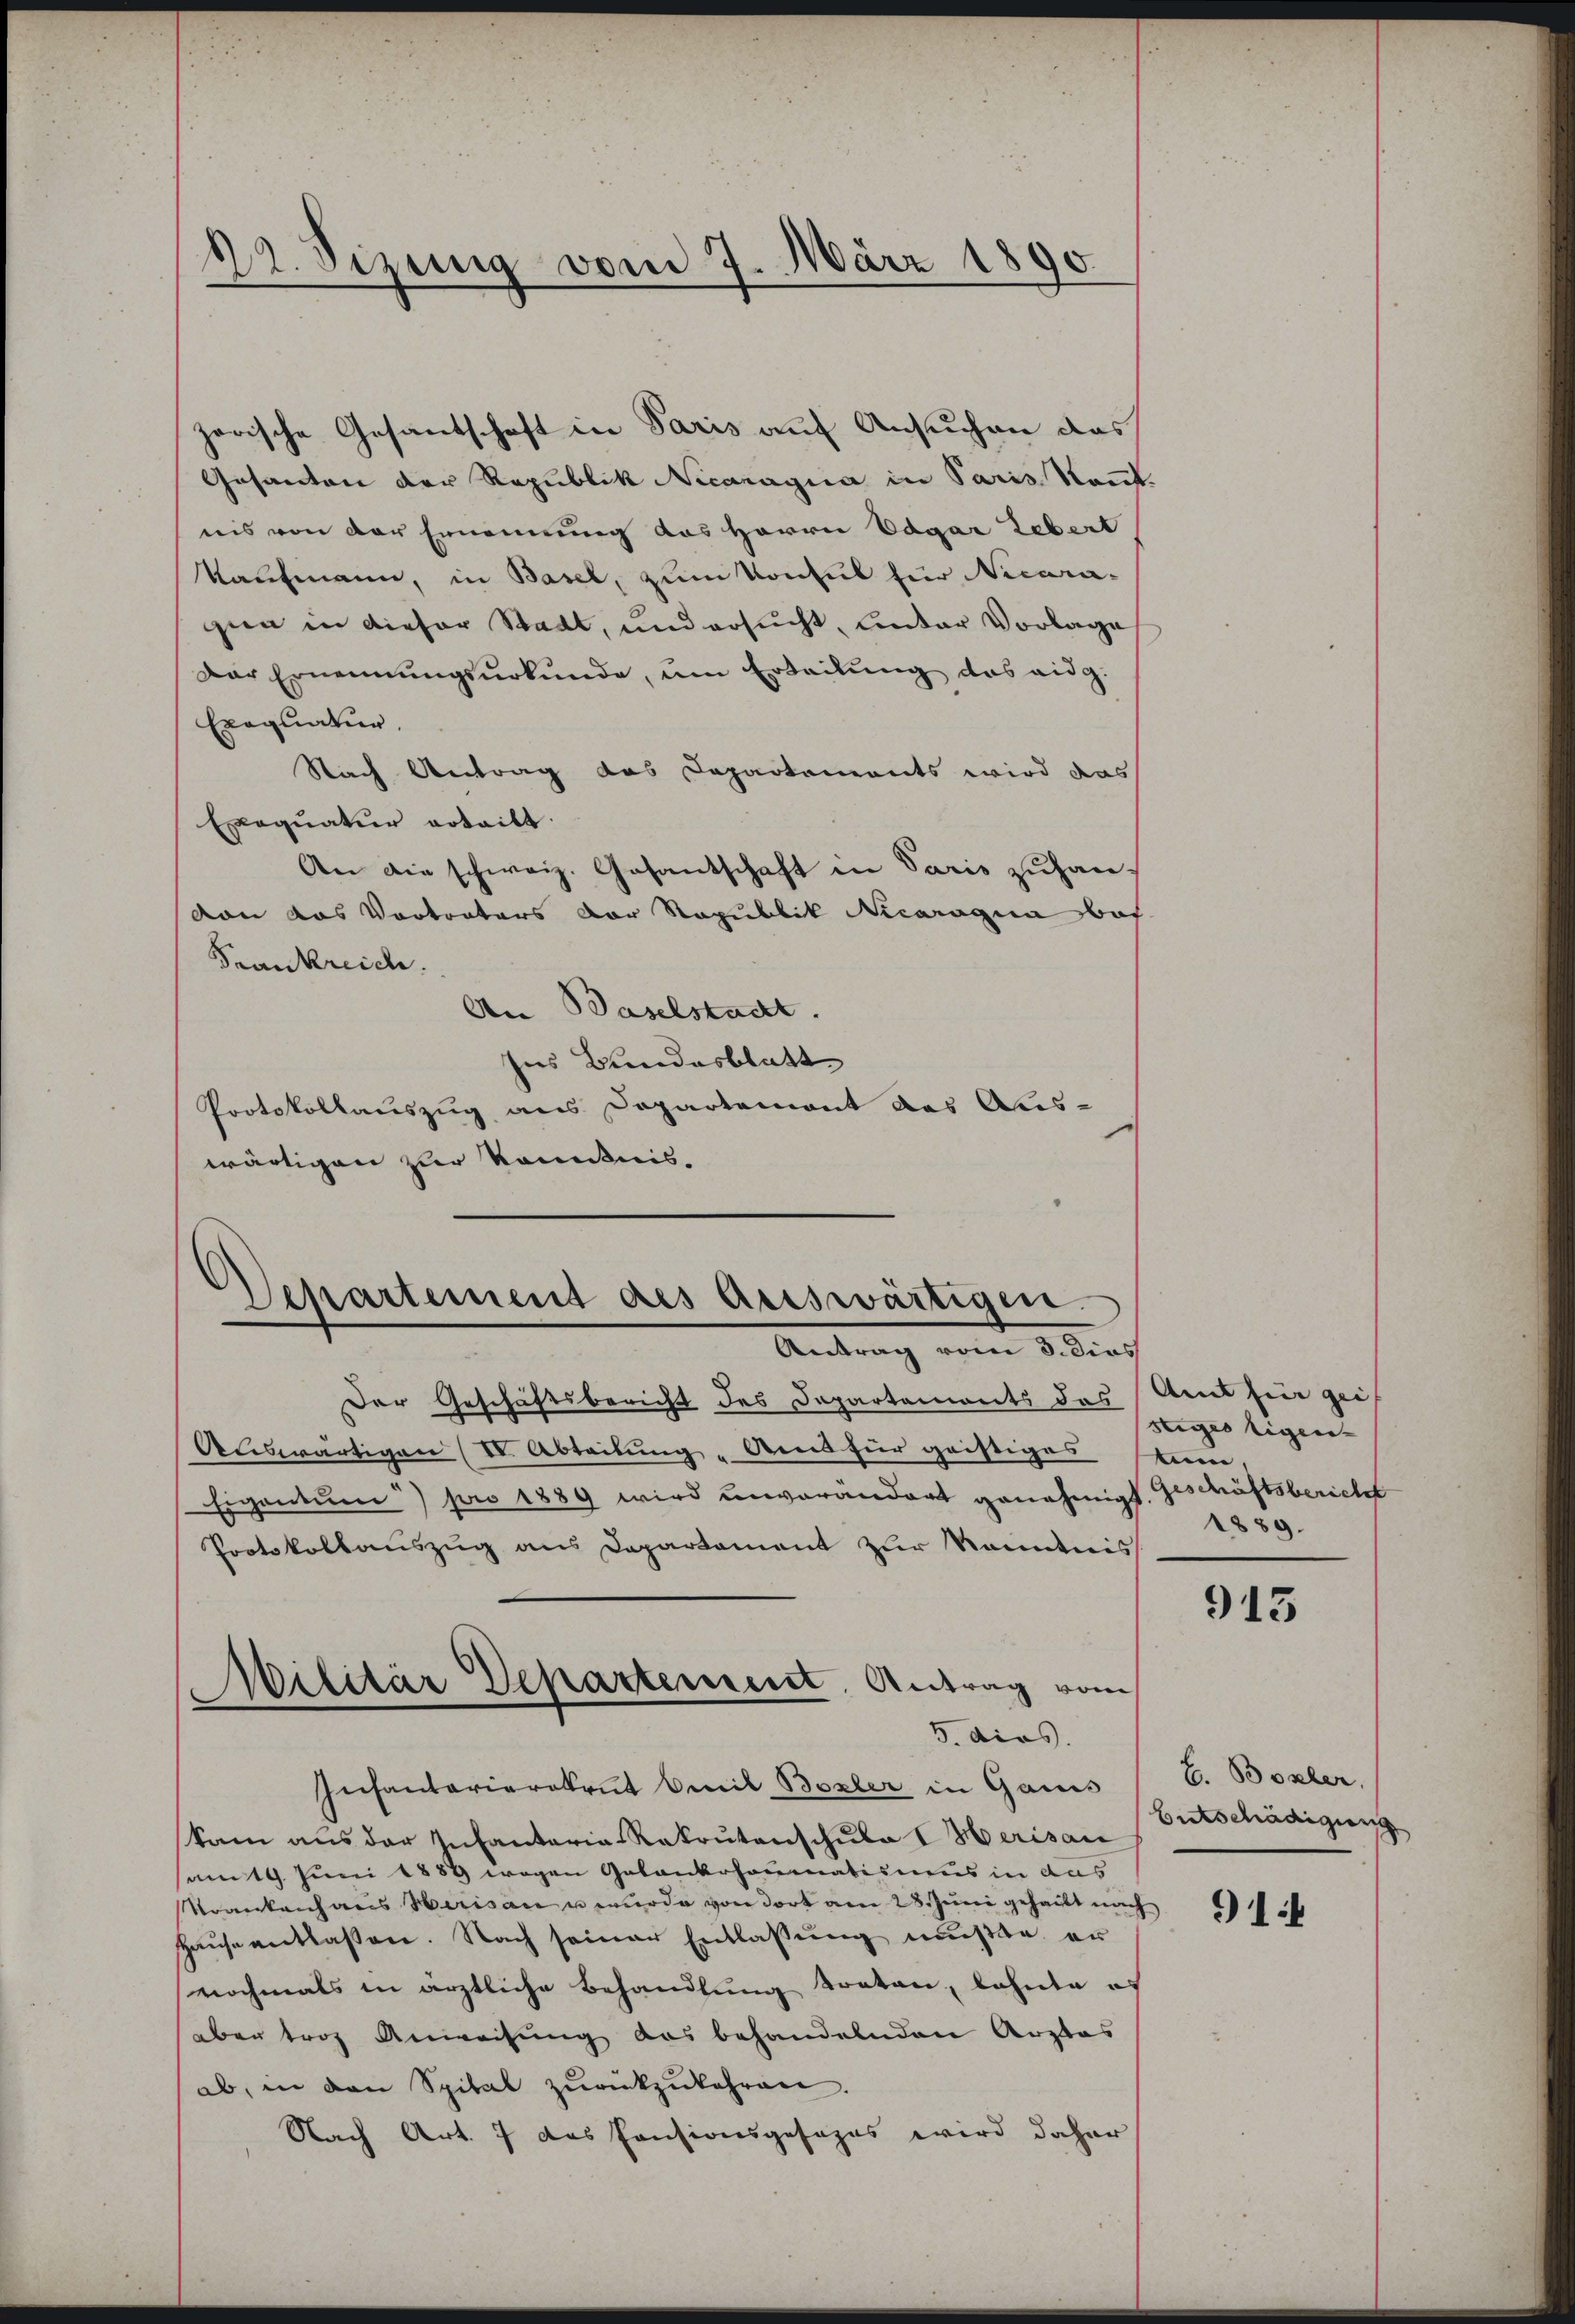
22. Sizung vom 7. März 1890.

zerische Gesandschaft in Paris auf Ansuchen das
Gesandten der Republik Necanagia in Paris kannt.
nis von der Ernennung das Herrn Edgar Lebert
Kaufmann, in Basel, zum Konsul für Nicara-
gia in dieser Stadt, und ersucht, unter Vorlage
Der Ernennungsurkunde, um Erteilung das eidg.
Exequatur.
Nach Antrag das Departements wird das
Exequatur erteilt.
An die schweiz. Gesantschaft in Paris zŭhanvon das Vortrators der Republik Nicaragua bes
Frankreich.
An Baselstadt.
Ins Bundesblatt
Protokollauszug aus Departement des Aus-
wärtigen zur Kenntnis.

Der Geschäftsbericht des Departements des Amt für gei
Auswärtigen (I. Abteilung " Amt für geistiges stum,
Eigentum) pro 1889 wird unverändert genehmigt. Geschäftsbericht
Protokollauszug aus Departament zur Kenntnis
Infantarierekrut Emil Boxler in Gauis
kam aus der Infantaria-Rekrutenschula Merisau
sam 19. Juni 1889 wegen Gelankohoumatismus in das
Voverkanhaus Herisau u wurde von dort am 28. Juni geheilt nach
Haŭse antlaßen. Nach seiner Entlassŭng müßte er
nochmals in ärztliche Behandlung treten, lehnte es
aber trog Anweisung das behandelnden Arztas
ab, in den Spital zŭrückzukehren.
Nach Art. 7 das Consionsgesezes wird daher

Separtement des Auswärtigen.
Antrag vom 3. dies

Wilitär Departement. Antrag vom
e
5. dies

stiges Eigen-
1889.

913

E. Boxler.
Entschädigung

914